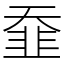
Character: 䪞